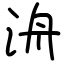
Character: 洀